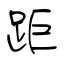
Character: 距